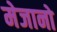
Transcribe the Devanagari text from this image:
मेजानो